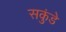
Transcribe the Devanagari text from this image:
सकुंडे